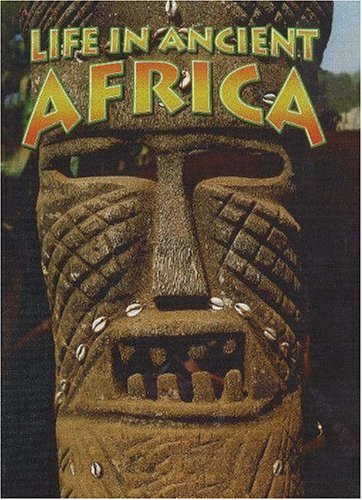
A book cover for Life In Ancient Africa (Peoples of the Ancient World); Hazel Richardson; Children's Books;